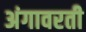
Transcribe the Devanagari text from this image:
अंगावरती